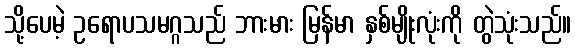
သို့ပေမဲ့ ဥရောပသမဂ္ဂသည် ဘားမား မြန်မာ နှစ်မျိုးလုံးကို တွဲသုံးသည်။